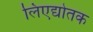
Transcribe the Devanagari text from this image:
लिएद्योतक